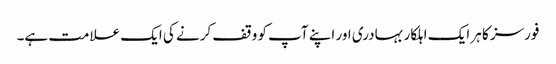
فورسز کا ہر ایک اہلکار بہادری اور اپنے آپ کو وقف کرنے کی ایک علامت ہے۔